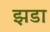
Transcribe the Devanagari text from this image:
झडा